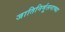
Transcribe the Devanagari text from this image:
जातिनिर्मूलनाच्या